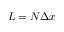
L = N \Delta x